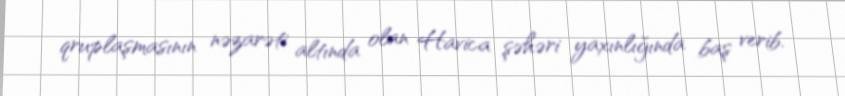
qruplaşmasının nəzarəti altında olan Havica şəhəri yaxınlığında baş verib.